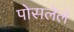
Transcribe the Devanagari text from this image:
पोसलेले